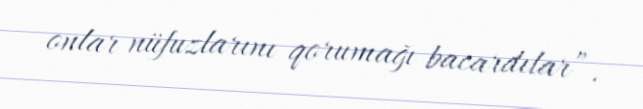
onlar nüfuzlarını qorumağı bacardılar”.